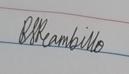
Signature authenticity: genuine